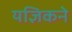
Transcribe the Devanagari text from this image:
यज्ञिकने